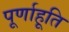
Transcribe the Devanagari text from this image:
पूर्णाहूति